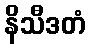
နိသီဒတံ